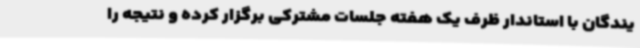
یندگان با استاندار ظرف یک هفته جلسات مشترکی برگزار کرده و نتیجه را